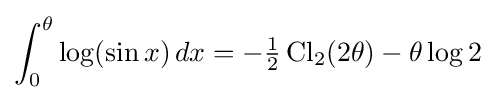
\int _{0}^{\theta }\log(\sin x)\,dx=-{\tfrac {1}{2}}\operatorname {Cl} _{2}(2\theta )-\theta \log 2